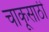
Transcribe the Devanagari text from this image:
चाकूसाठी